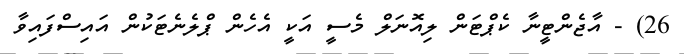
26) - އާޖެންޓީނާ ކެޕްޓަން ލިއޮނަލް މެސީ އަކީ އެހެން ޕްލެނެޓަކުން އައިސްފައިވާ